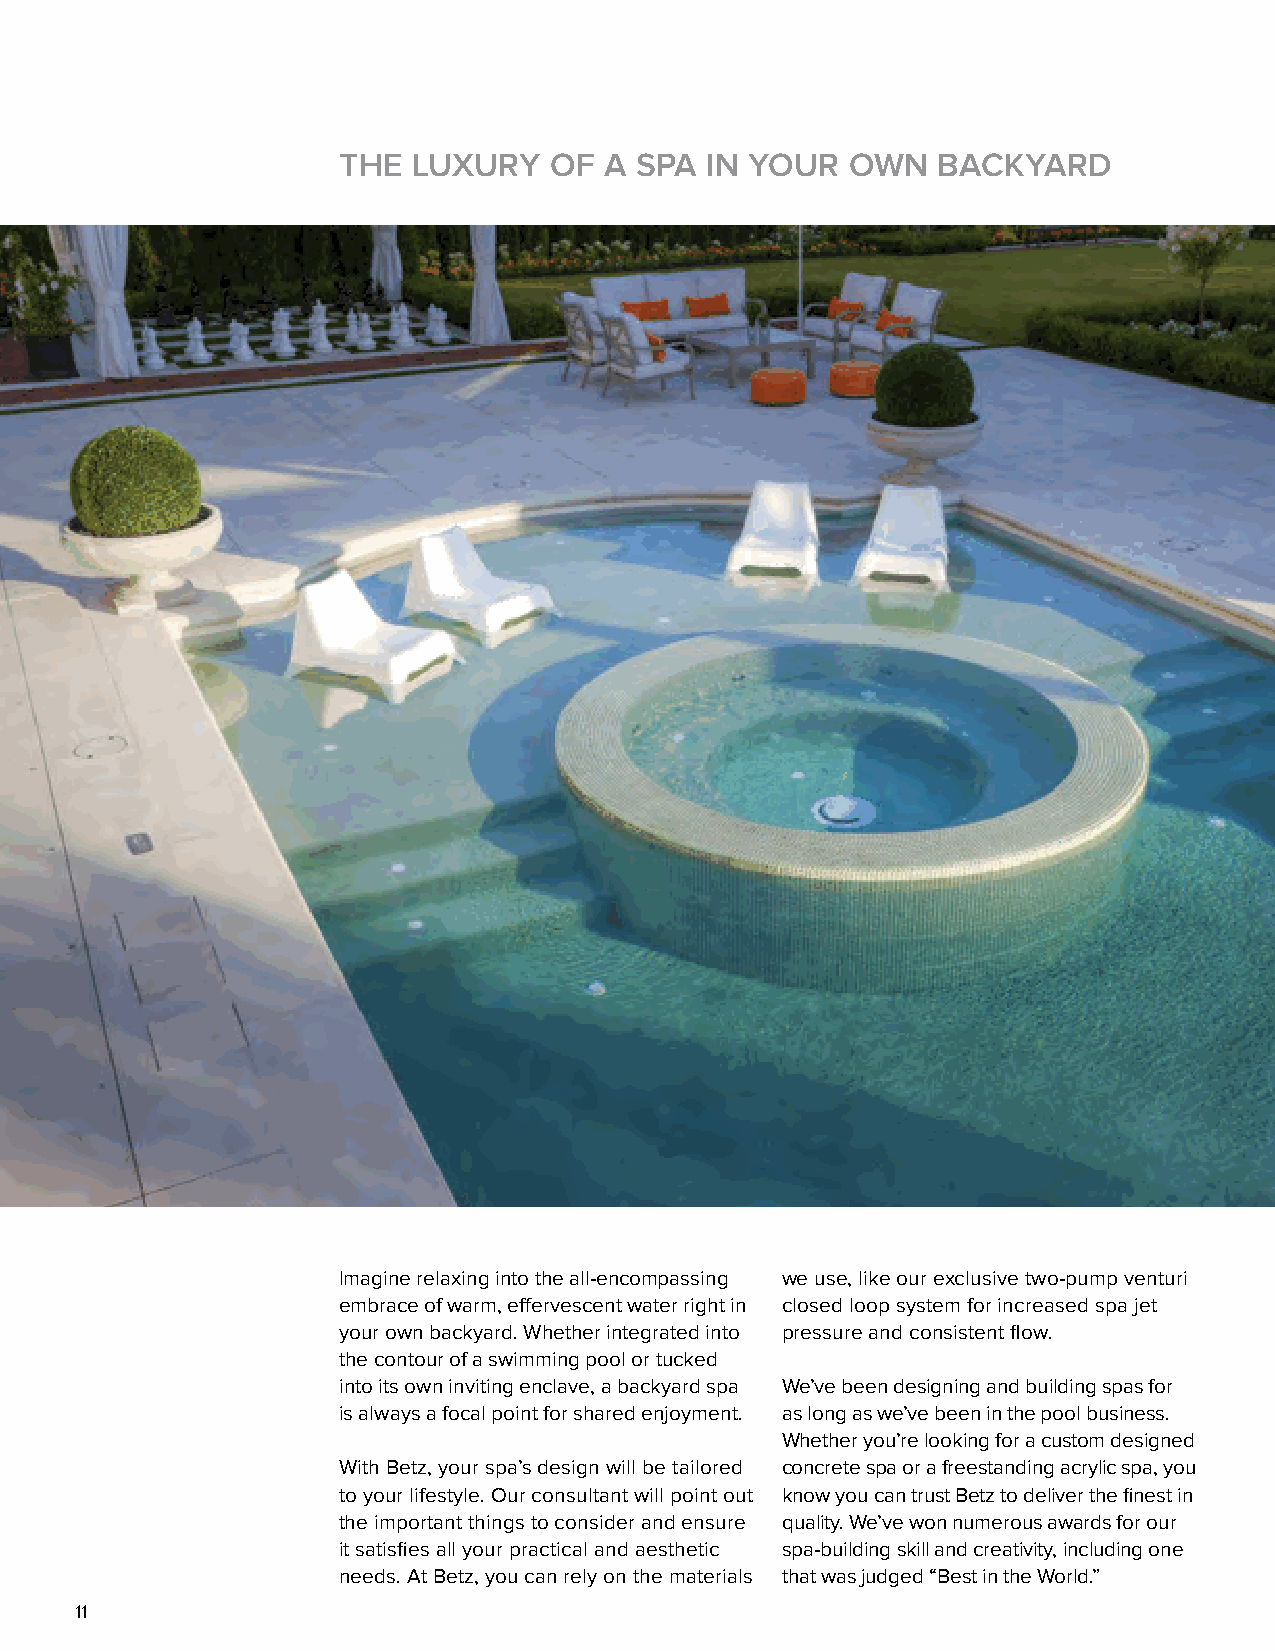
THE  LUXURY   OF  A SPA  IN YOUR  OWN   BACKYARD
 Imagine relaxing into the all-encompassing we use, like our exclusive two-pump venturi
 embrace of warm, effervescent water right in closed loop system for increased spa jet
 your own backyard. Whether integrated into pressure and consistent flow.
 the contour of a swimming pool or tucked
 into its own inviting enclave, a backyard spa We’ve been designing and building spas for
 is always a focal point for shared enjoyment. as long as we’ve been in the pool business.
 Whether you’re looking for a custom designed
 With Betz, your spa’s design will be tailored concrete spa or a freestanding acrylic spa, you
 to your lifestyle. Our consultant will point out know you can trust Betz to deliver the finest in
 the important things to consider and ensure quality. We’ve won numerous awards for our
 it satisfies all your practical and aesthetic spa-building skill and creativity, including one
 needs. At Betz, you can rely on the materials that was judged “Best in the World.”
 11